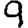
Digit: 9